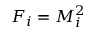
F _ { i } = M _ { i } ^ { 2 }